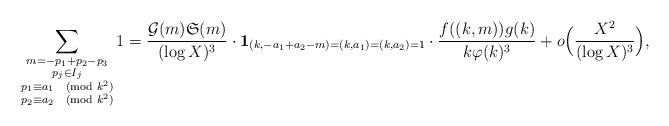
\begin{align*}\sum_{\substack{m = -p_1 + p_2 - p_3 \\ p_j \in I_j \\ p_1 \equiv a_1 \pmod{k^2} \\ p_2 \equiv a_2 \pmod{k^2}}} 1 = \frac{\mathcal{G}(m)\mathfrak{S}(m)}{(\log X)^3} \cdot \mathbf{1}_{(k, -a_1 + a_2 - m) = (k,a_1) = (k,a_2) = 1} \cdot \frac{f((k, m)) g(k)}{k \varphi(k)^3} + o \Big ( \frac{X^2}{(\log X)^3} \Big ),\end{align*}